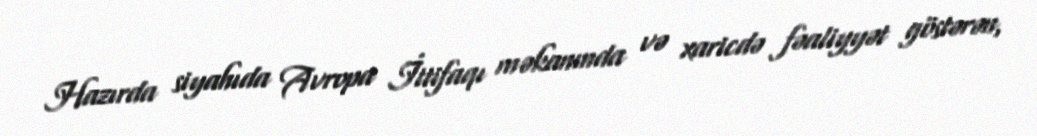
Hazırda siyahıda Avropa İttifaqı məkanında və xaricdə fəaliyyət göstərən,